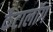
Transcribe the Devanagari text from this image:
कैटालॉग